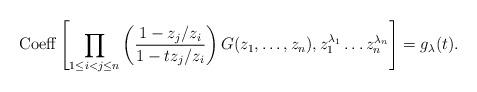
LaTeX: \begin{align*}{\rm Coeff}\left[\prod_{1 \leq i<j \leq n}\left(\frac{1-z_j/z_i}{1- t z_j/z_i}\right)G(z_1,\dots,z_n),z_1^{\lambda_1} \dots z_n^{\lambda_n}\right]=g_{\lambda}(t).\end{align*}